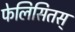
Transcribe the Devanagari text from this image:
फेलिसितस्